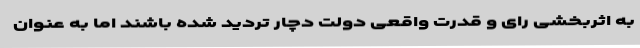
به اثربخشی رای و قدرت واقعی دولت دچار تردید شده باشند اما به عنوان